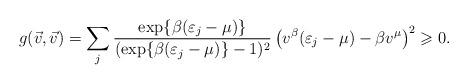
LaTeX: \begin{align*}g(\vec{v},\vec{v}) = \sum_j \frac{\exp\{\beta(\varepsilon_j - \mu)\}}{(\exp\{\beta(\varepsilon_j - \mu)\}-1)^2} \left( v^\beta (\varepsilon_j - \mu) - \beta v^\mu \right)^2 \geqslant 0.\end{align*}